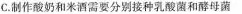
C.制作酸奶和米酒需要分别接种乳酸菌和酵母菌